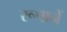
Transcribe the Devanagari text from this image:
रूपानें